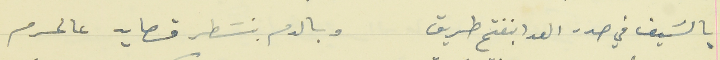
بالسَيف في صدر العدا بنفتح طريق                            وبالدم بنسَطر قصايد عالحرم